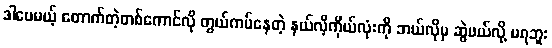
ဒါပေမယ့် တောက်တဲ့တစ်ကောင်လို တွယ်ကပ်နေတဲ့ နယ်လီ့ကိုယ်လုံးကို ဘယ်လိုမှ ဆွဲဖယ်လို့ မရဘူး